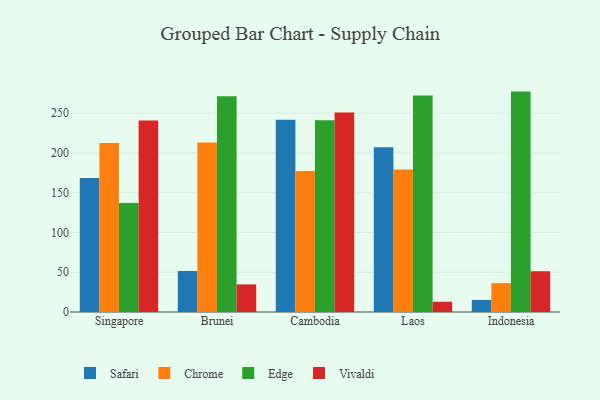
{"axis": {"x": "Country", "y": "Satisfaction Score"}, "legend": ["Chrome", "Edge", "Safari", "Vivaldi"], "data": [{"x": "Singapore", "y": 168.4, "type": "Safari"}, {"x": "Singapore", "y": 212.4, "type": "Chrome"}, {"x": "Singapore", "y": 137.2, "type": "Edge"}, {"x": "Singapore", "y": 240.8, "type": "Vivaldi"}, {"x": "Brunei", "y": 51.6, "type": "Safari"}, {"x": "Brunei", "y": 213.1, "type": "Chrome"}, {"x": "Brunei", "y": 271.3, "type": "Edge"}, {"x": "Brunei", "y": 34.7, "type": "Vivaldi"}, {"x": "Cambodia", "y": 241.9, "type": "Safari"}, {"x": "Cambodia", "y": 177.4, "type": "Chrome"}, {"x": "Cambodia", "y": 241.1, "type": "Edge"}, {"x": "Cambodia", "y": 251.0, "type": "Vivaldi"}, {"x": "Laos", "y": 207.1, "type": "Safari"}, {"x": "Laos", "y": 179.3, "type": "Chrome"}, {"x": "Laos", "y": 272.4, "type": "Edge"}, {"x": "Laos", "y": 12.9, "type": "Vivaldi"}, {"x": "Indonesia", "y": 15.2, "type": "Safari"}, {"x": "Indonesia", "y": 36.3, "type": "Chrome"}, {"x": "Indonesia", "y": 277.2, "type": "Edge"}, {"x": "Indonesia", "y": 51.3, "type": "Vivaldi"}]}